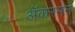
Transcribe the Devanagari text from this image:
ॲकरमन